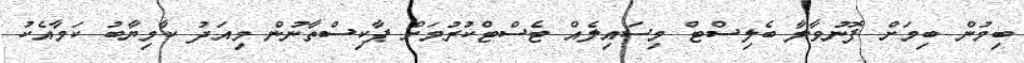
ބިމުން ބިމަށް ފޮނުވާލާ ބެލިސްޓް މިސައިލެއް ޓެސްޓްކުރުމަށް ޕާކިސްތާނުން މިއަދު ކާމިޔާބު ކަމާއެކު